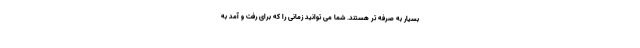
بسیار به صرفه تر هستند. شما می توانید زمانی را که برای رفت و آمد به